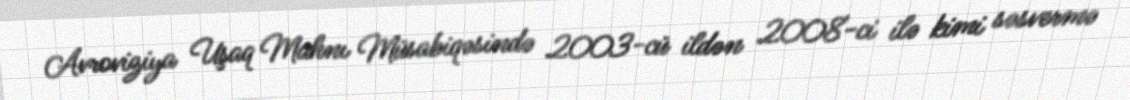
Avroviziya Uşaq Mahnı Müsabiqəsində 2003-cü ildən 2008-ci ilə kimi səsvermə